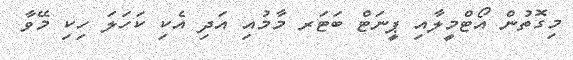
މިގޮތުން އޯޓްމީލާއި ޕީނަޓް ބަޓަރ މާމުއި އަދި އެކި ކަހަލަ ހިކި މޭވާ